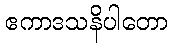
ဧကာဒသနိပါတော